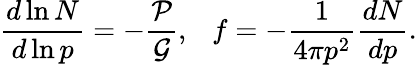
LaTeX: \frac{d\ln N}{d\ln p}=-\frac{\mathcal{P}}{\mathcal{G}},\ \ \ f=-\frac{1}{4\pi p^{2}}\frac{dN}{dp}.